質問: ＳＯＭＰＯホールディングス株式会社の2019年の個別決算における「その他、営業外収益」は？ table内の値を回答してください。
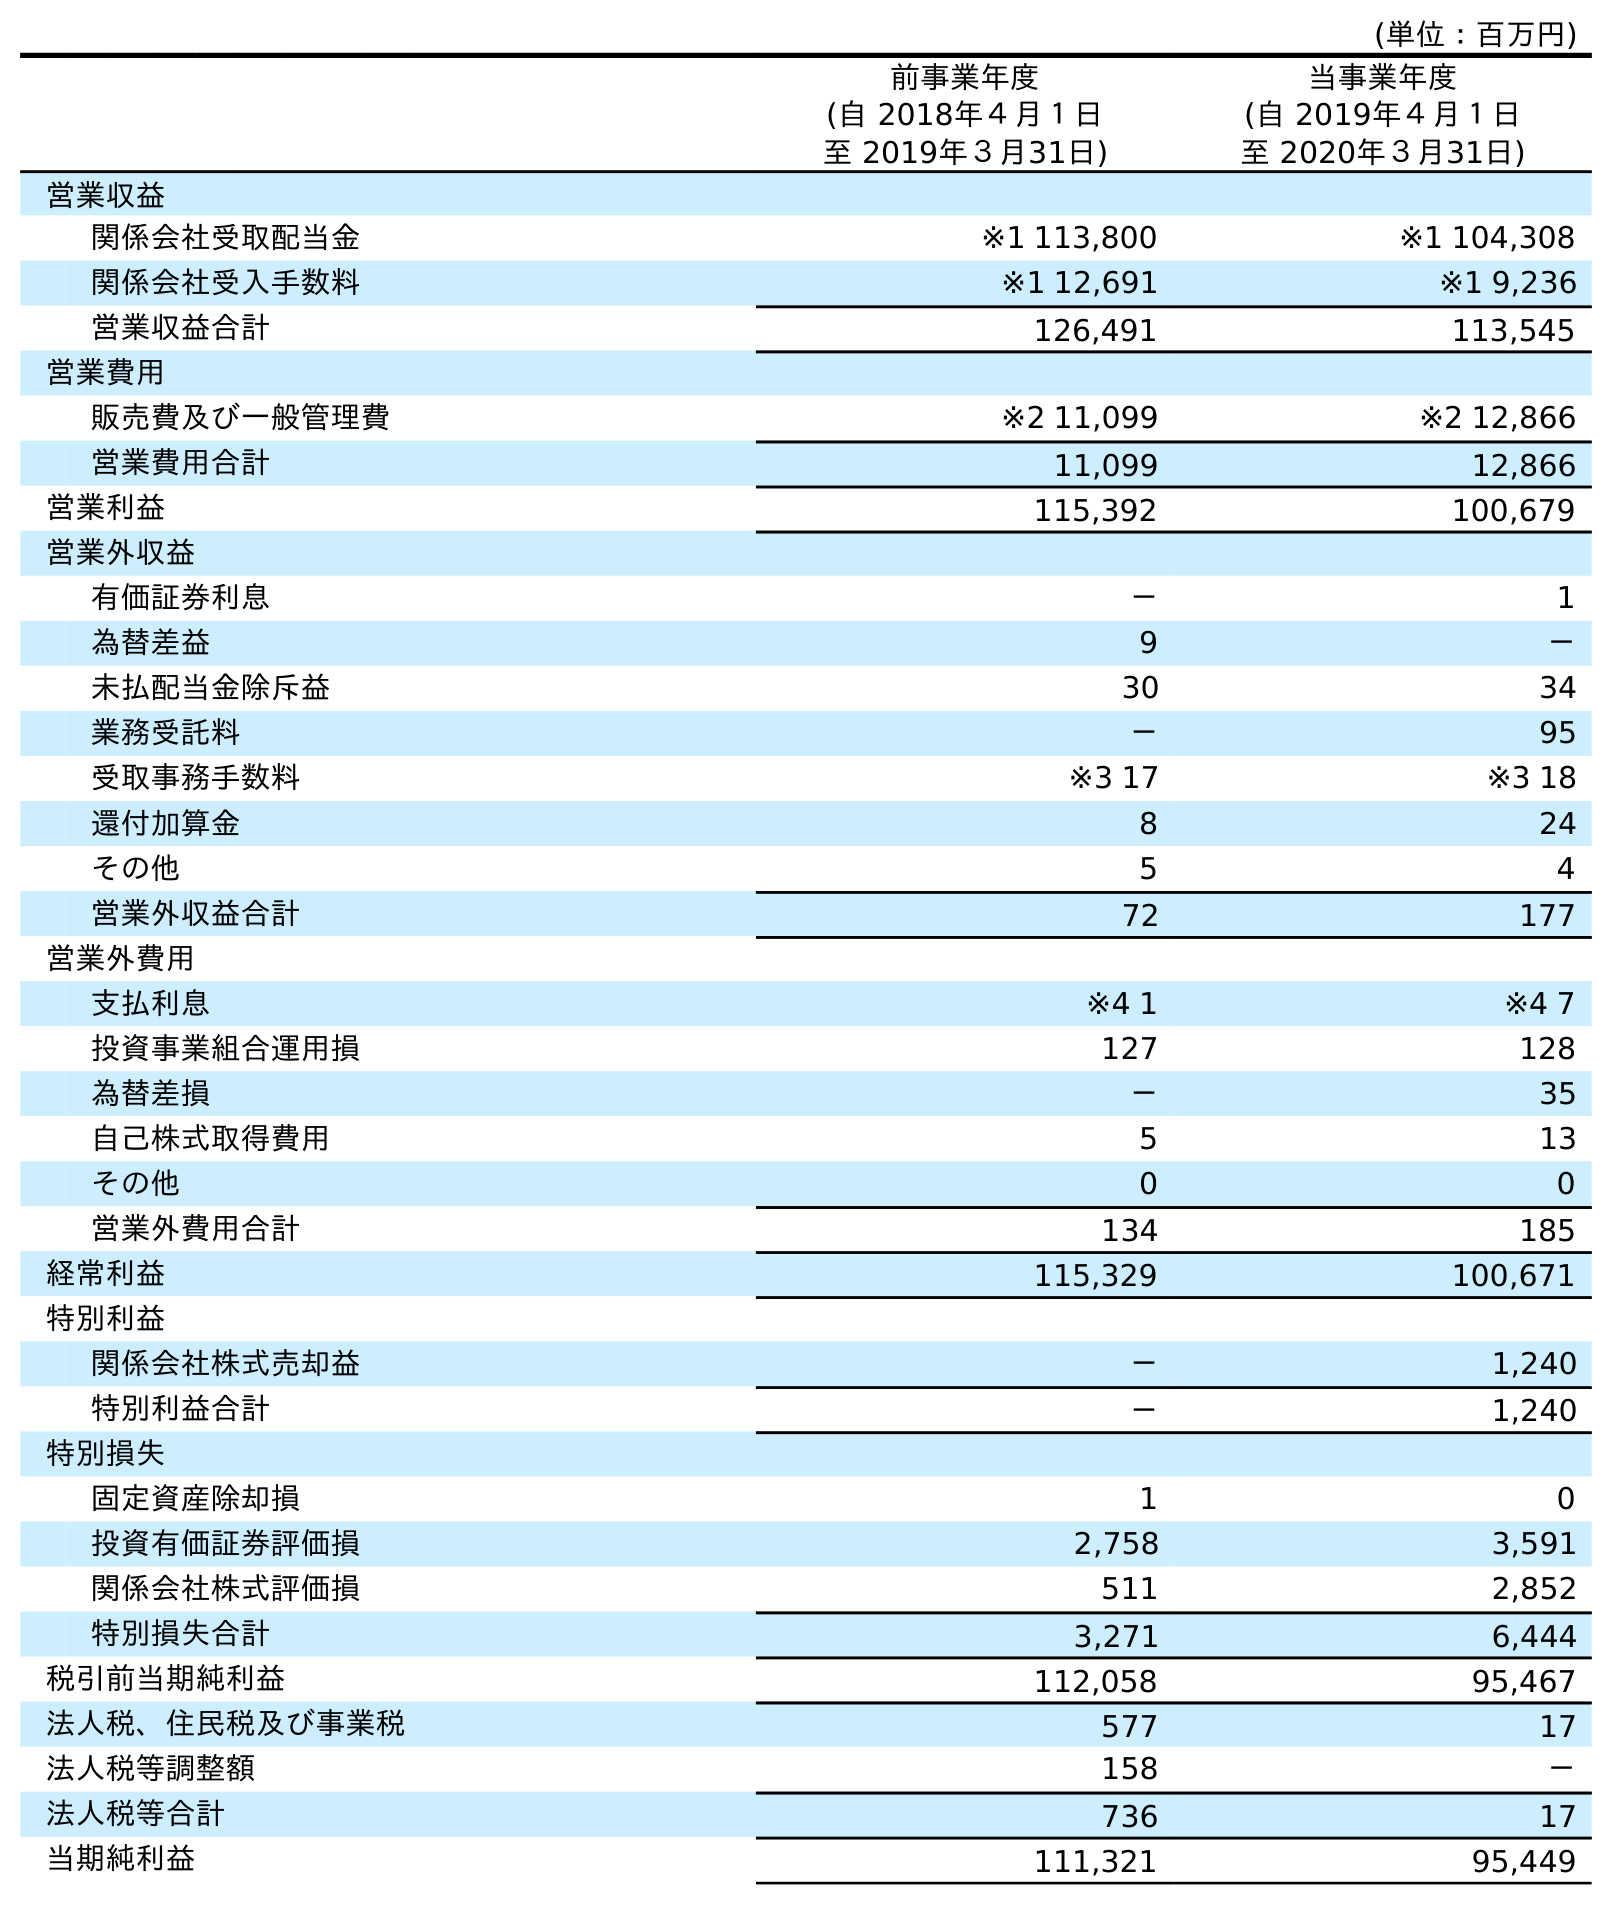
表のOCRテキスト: (単位：百万円) 前事業年度 (自 2018年４月１日 至 2019年３月31日) 当事業年度 (自 2019年４月１日 至 2020年３月31日) 営業収益 関係会社受取配当金 ※1 113,800 ※1 104,308 関係会社受入手数料 ※1 12,691 ※1 9,236 営業収益合計 126,491 113,545 営業費用 販売費及び一般管理費 ※2 11,099 ※2 12,866 営業費用合計 11,099 12,866 営業利益 115,392 100,679 営業外収益 有価証券利息 － 1 為替差益 9 － 未払配当金除斥益 30 34 業務受託料 － 95 受取事務手数料 ※3 17 ※3 18 還付加算金 8 24 その他 5 4 営業外収益合計 72 177 営業外費用 支払利息 ※4 1 ※4 7 投資事業組合運用損 127 128 為替差損 － 35 自己株式取得費用 5 13 その他 0 0 営業外費用合計 134 185 経常利益 115,329 100,671 特別利益 関係会社株式売却益 － 1,240 特別利益合計 － 1,240 特別損失 固定資産除却損 1 0 投資有価証券評価損 2,758 3,591 関係会社株式評価損 511 2,852 特別損失合計 3,271 6,444 税引前当期純利益 112,058 95,467 法人税、住民税及び事業税 577 17 法人税等調整額 158 － 法人税等合計 736 17 当期純利益 111,321 95,449
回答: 5